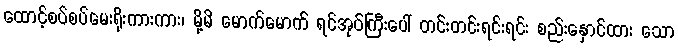
ထောင့်စပ်စပ်မေးရိုးကားကား၊ မို့မိ မောက်မောက် ရင်အုပ်ကြီးပေါ် တင်းတင်းရင်းရင်း စည်းနှောင်ထား သော